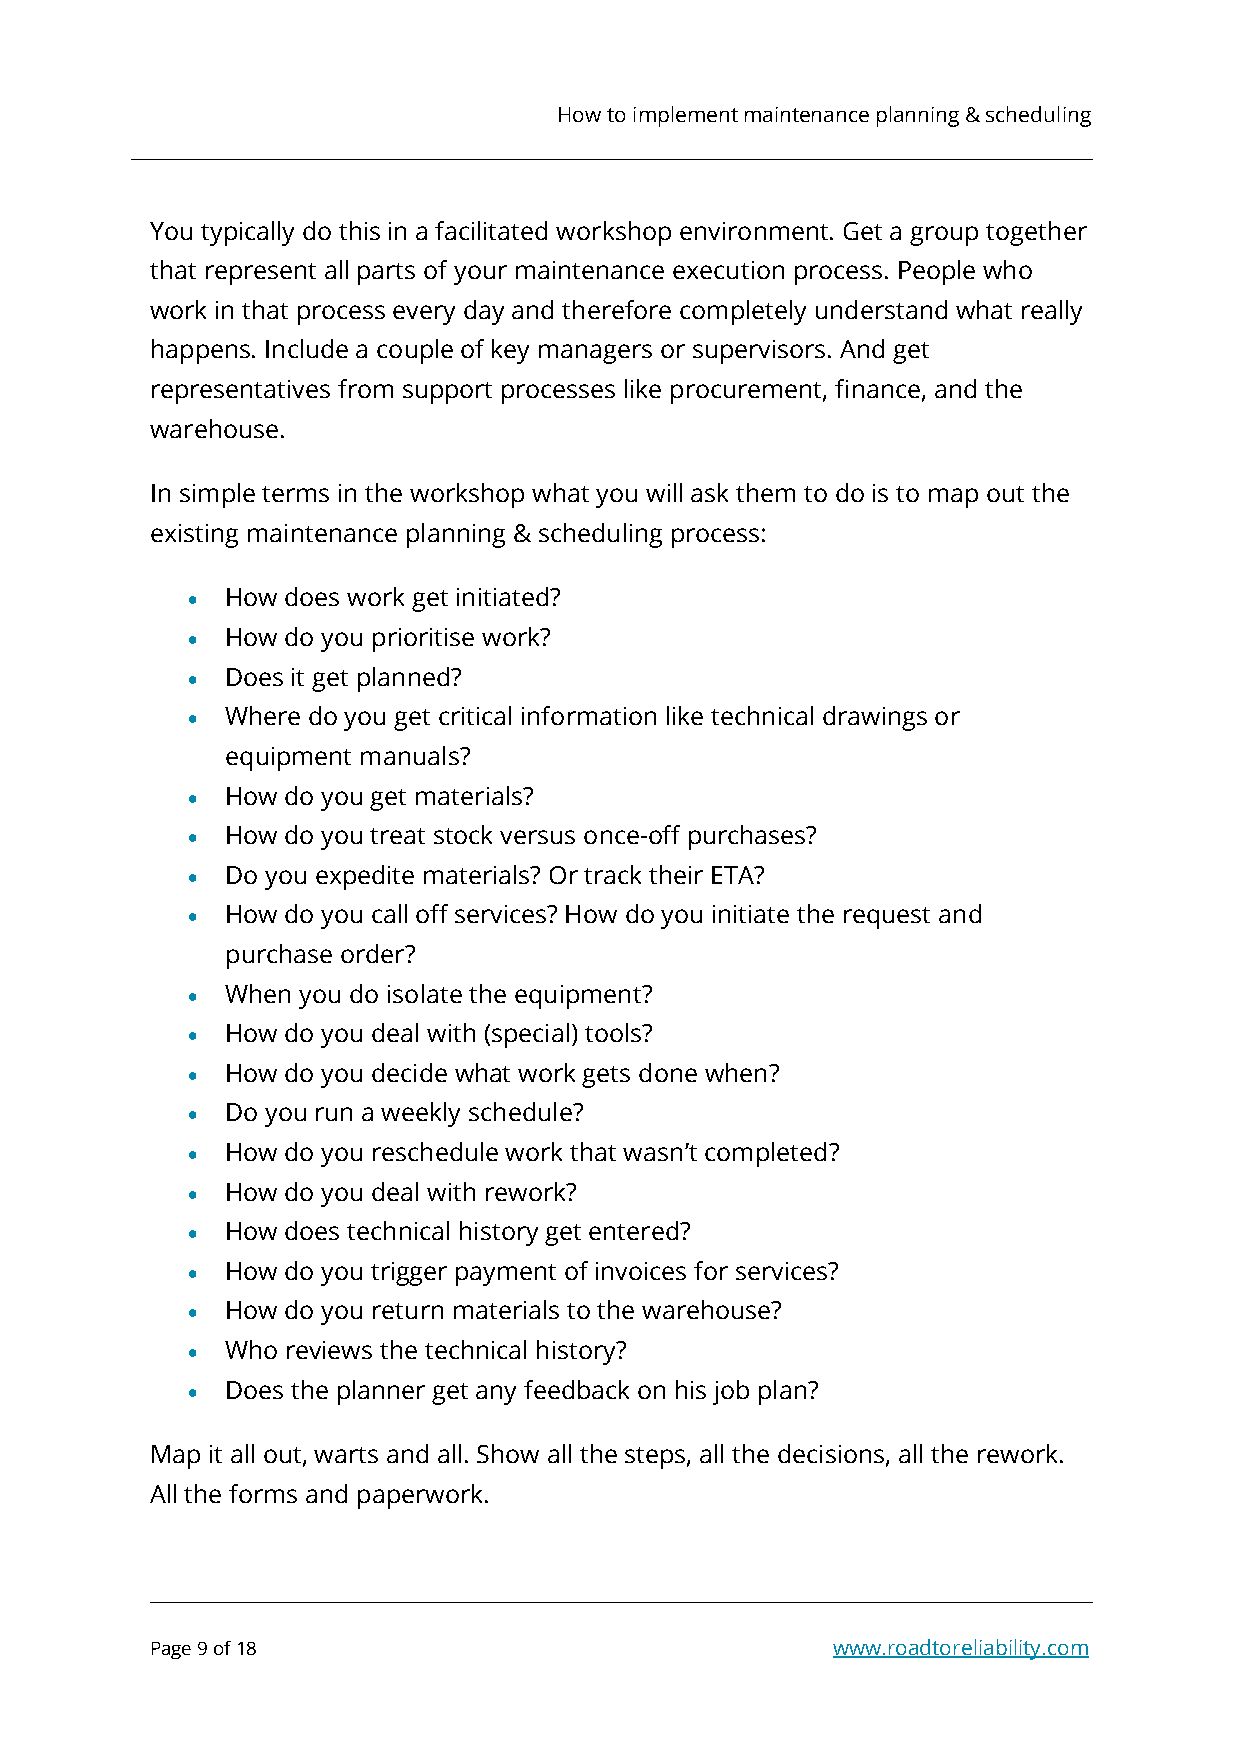
How to implement maintenance planning & scheduling
 You typically do this in a facilitated workshop environment. Get a group together
 that represent all parts of your maintenance execution process. People who
 work in that process every day and therefore completely understand what really
 happens. Include a couple of key managers or supervisors. And get
 representatives from support processes like procurement, finance, and the
 warehouse.
 In simple terms in the workshop what you will ask them to do is to map out the
 existing maintenance planning & scheduling process:
 •  How does work get initiated?
 •  How do you prioritise work?
 •  Does it get planned?
 •  Where do you get critical information like technical drawings or
 equipment manuals?
 •  How do you get materials?
 •  How do you treat stock versus once-off purchases?
 •  Do you expedite materials? Or track their ETA?
 •  How do you call off services? How do you initiate the request and
 purchase order?
 •  When you do isolate the equipment?
 •  How do you deal with (special) tools?
 •  How do you decide what work gets done when?
 •  Do you run a weekly schedule?
 •  How do you reschedule work that wasn’t completed?
 •  How do you deal with rework?
 •  How does technical history get entered?
 •  How do you trigger payment of invoices for services?
 •  How do you return materials to the warehouse?
 •  Who reviews the technical history?
 •  Does the planner get any feedback on his job plan?
 Map it all out, warts and all. Show all the steps, all the decisions, all the rework.
 All the forms and paperwork.
 Page 9 of 18                                 www.roadtoreliability.com